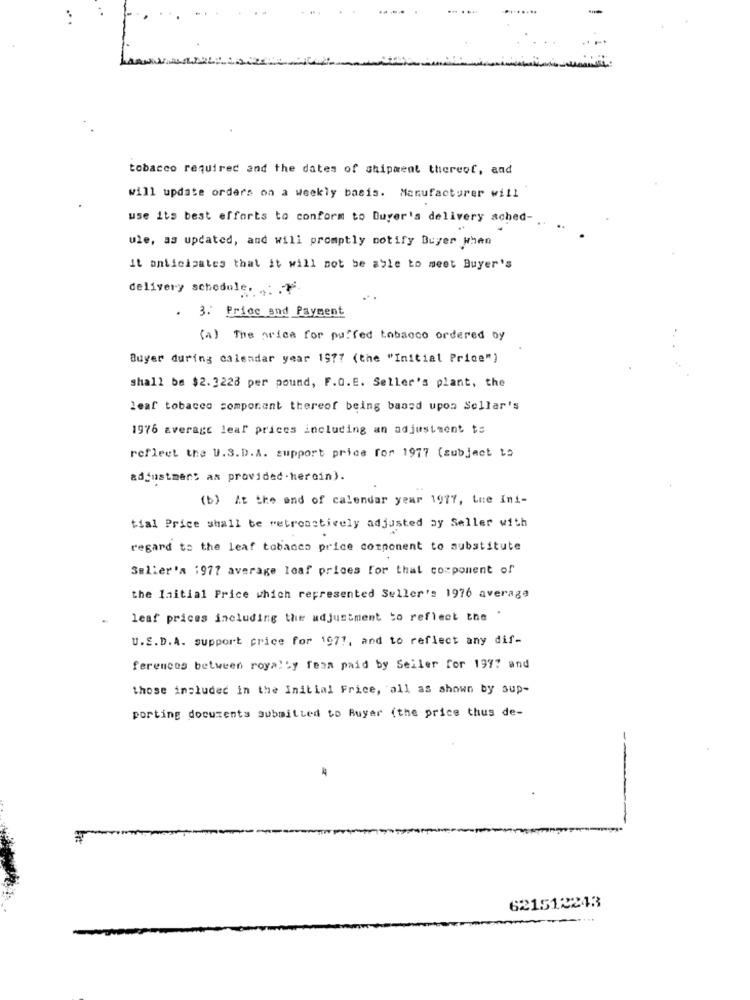
tobacco required and the dates of shipment thereof, and
will update orders on a weekly basis. Manufacturer will
use its best efforts to conform to Buyer's delivery ached-
ule, as updated, and will promptly notify Buyer When
It anticipates that it will not be able to meet Buyer's
delivery schedule. . ..
. 3. Price and Payment
(A) The price for puffed tobacco ordered by
Buyer during calendar year 1977 (the "Initial Price")
shall be $2.3228 per pound, F.O.E. Seller's plant, the
leaf tobacco component thereof being based upon Sellar's
1976 average leal prices including an adjustment ts
reflect the U.S.D.A. support price for 1977 (subject to
adjustment as provided.hercin).
(b) At the end of calendar year 1977, the Ini-
tial Price shall be retroactively adjusted by Seller with
regard to the leaf tobacco price component to substitute
Seller's 1977 average leaf prices for that component of
the Initial Price which represented Seller's 1976 average
leaf prices including the adjustment to reflect the
.
U.S.D.A. support price for 1971, and to reflect any dif-
ferences between royally fean paid by Seiler for 1977 and
those included in the Initial Frice, all as shown by sup-
porting documents submitted to Buyer (the price thus de-
621512243